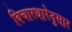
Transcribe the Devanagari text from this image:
विचारधारेनुसार